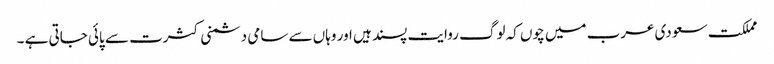
مملکت سعودی عرب میں چوں کہ لوگ روایت پسند ہیں اور وہاں سے سامی دشمنی کثرت سے پائی جاتی ہے ۔